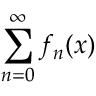
\sum _ { n = 0 } ^ { \infty } f _ { n } ( x )